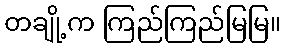
တချို့က ကြည်ကြည်မြမြ။